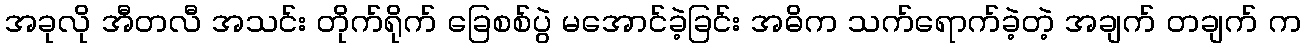
အခုလို အီတလီ အသင်း တိုက်ရိုက် ခြေစစ်ပွဲ မအောင်ခဲ့ခြင်း အဓိက သက်ရောက်ခဲ့တဲ့ အချက် တချက် က